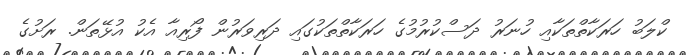
ކްލަބު ހަރަކާތްތަކާއި ހުނަރު ދަސްކުރުމުގެ ހަރަކާތްތަކުގައި ދަރިވަރުން ފޯރިއާ އެކު އުޅޭތަން. ރަށުގެ